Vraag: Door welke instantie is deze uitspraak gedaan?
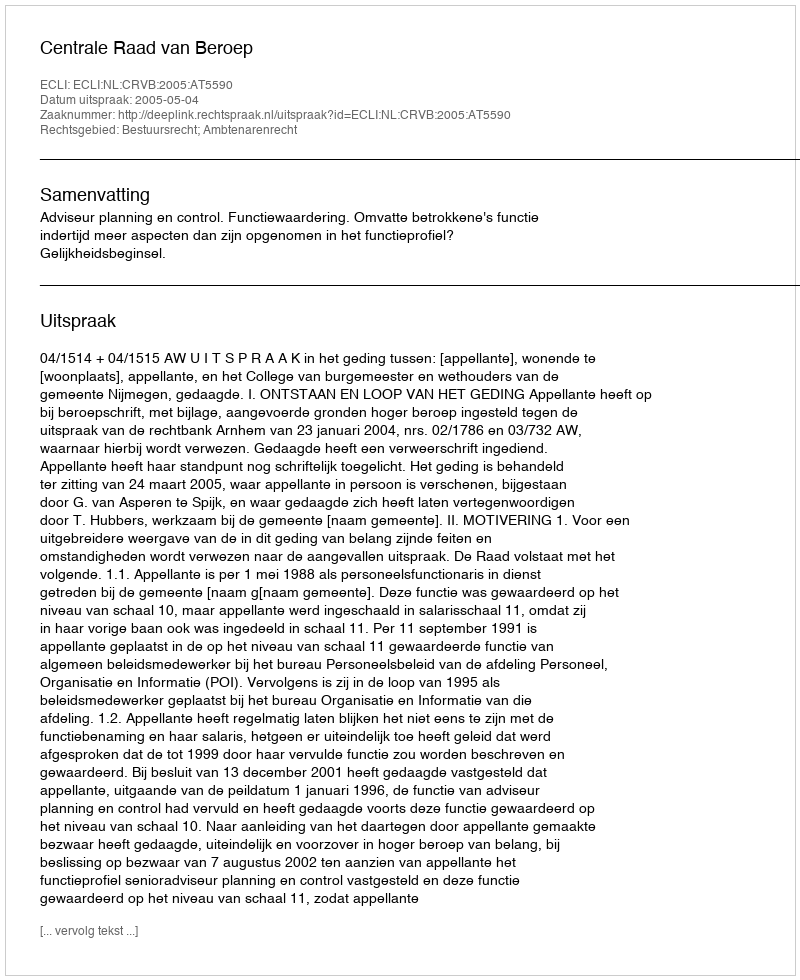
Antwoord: Centrale Raad van Beroep